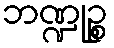
ဘဏ္ဍုဉ္စ